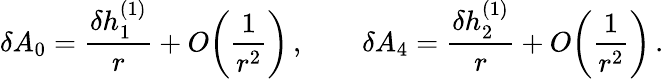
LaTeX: \delta A_{0}={\frac{\delta h_{1}^{(1)}}{r}}+O\! \left({\frac{1}{r^{2}}}\right)\, ,\qquad\delta A_{4}={\frac{\delta h_{2}^{(1)}}{r}}+O\! \left({\frac{1}{r^{2}}}\right)\, .